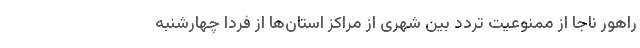
راهور ناجا از ممنوعیت تردد بین شهری از مراکز استان‌ها از فردا چهارشنبه